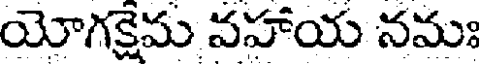
యోగక్షేమ వహాయ నమః